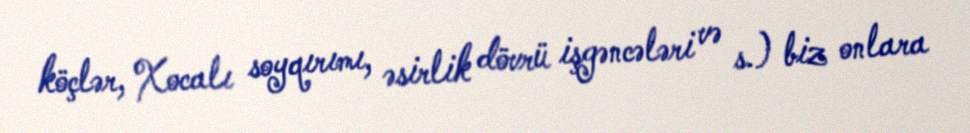
köçlər, Xocalı soyqırımı, əsirlik dövrü işgəncələri və s.) biz onlara